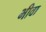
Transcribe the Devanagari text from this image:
भीवा